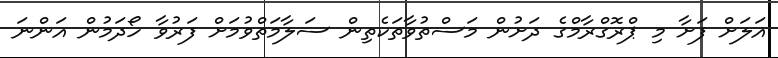
އަލަށް ފަށާ މި ޕްރޮގްރާމްގެ ދަށުން މަސްތުވާތަކެތިން ސަލާމަތްވުމަށް ފަރުވާ ހޯދަމުން އަންނަ